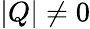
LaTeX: |Q|\neq 0